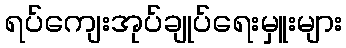
ရပ်ကျေးအုပ်ချုပ်ရေးမှူးများ